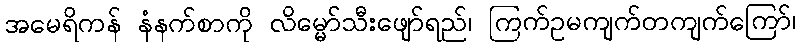
အမေရိကန် နံနက်စာကို လိမ္မော်သီးဖျော်ရည်၊ ကြက်ဥမကျက်တကျက်ကြော်၊